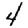
Digit: 4